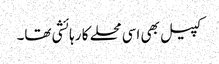
کپیل بھی اسی محلے کا رہائشی تھا۔